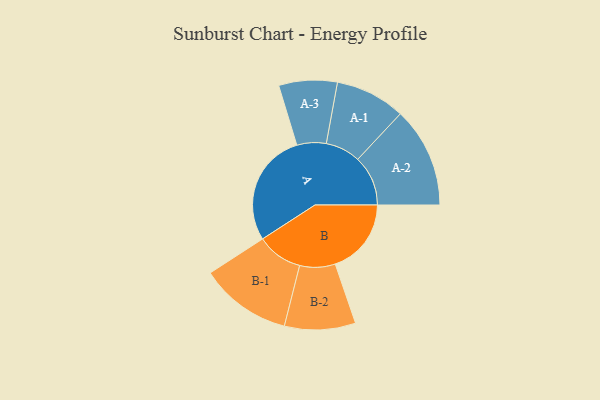
{"axis": {"x": "Segment", "y": "Value"}, "legend": ["", "A", "B"], "data": [{"x": "A", "y": 470, "type": ""}, {"x": "B", "y": 315, "type": ""}, {"x": "A-1", "y": 145, "type": "A"}, {"x": "A-2", "y": 208, "type": "A"}, {"x": "A-3", "y": 121, "type": "A"}, {"x": "B-1", "y": 190, "type": "B"}, {"x": "B-2", "y": 147, "type": "B"}]}